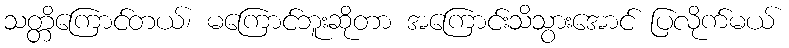
သတ္တိကြောင်တယ်၊ မကြောင်ဘူးဆိုတာ အကြောင်းသိသွားအောင် ပြလိုက်မယ်